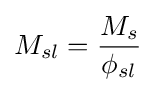
M_{sl}={\frac {M_{s}}{\phi _{sl}}}